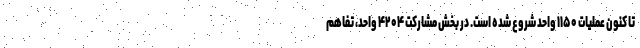
تا کنون عملیات ۱۱۵۰ واحد شروع شده است. در بخش مشارکت ۴۲۰۴ واحد، تفاهم